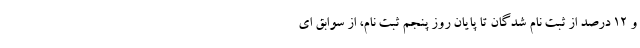
و ۱۲ درصد از ثبت نام شدگان تا پایان روز پنجم ثبت نام، از سوابق ای